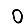
Digit: 0